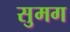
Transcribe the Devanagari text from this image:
सुमग